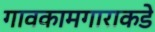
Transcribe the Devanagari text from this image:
गावकामगाराकडे